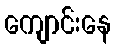
ကျောင်းနေ